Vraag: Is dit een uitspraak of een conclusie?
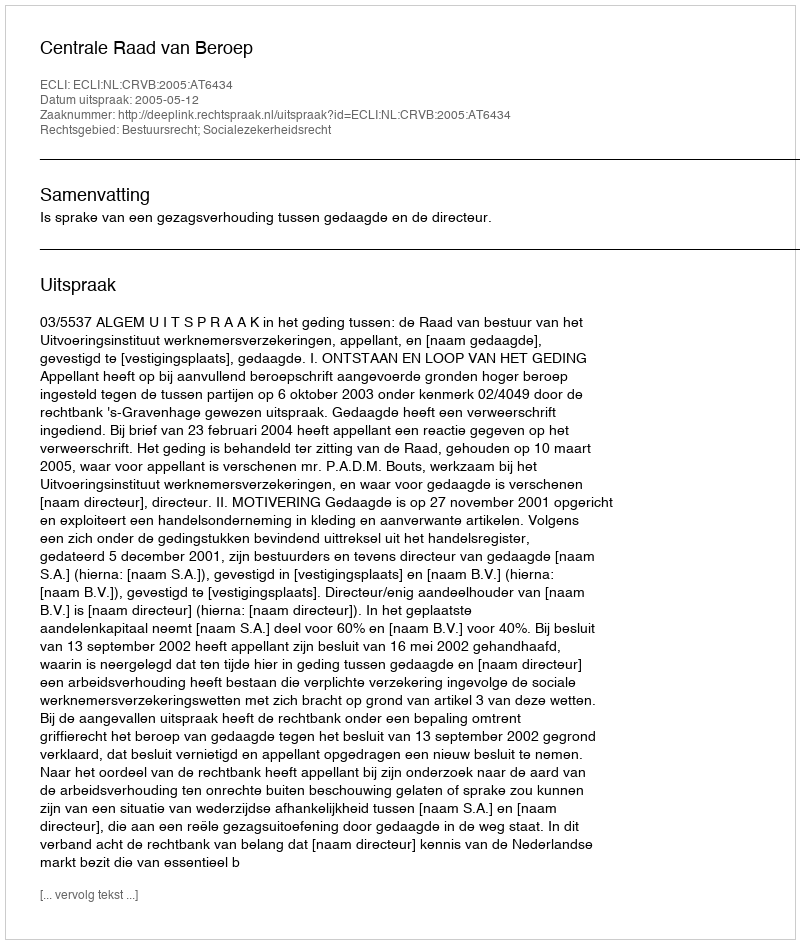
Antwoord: Uitspraak